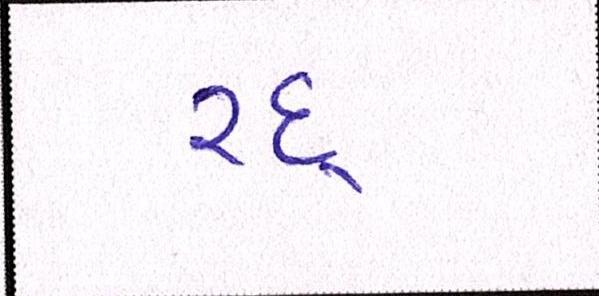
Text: રદ્દ